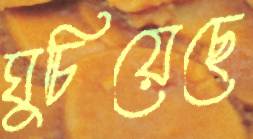
ঘুচিয়েছে